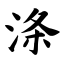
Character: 涤